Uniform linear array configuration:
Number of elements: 4
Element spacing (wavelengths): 0.5
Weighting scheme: exponential
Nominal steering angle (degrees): -45
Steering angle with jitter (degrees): -46.707
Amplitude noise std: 0.05
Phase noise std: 0.05

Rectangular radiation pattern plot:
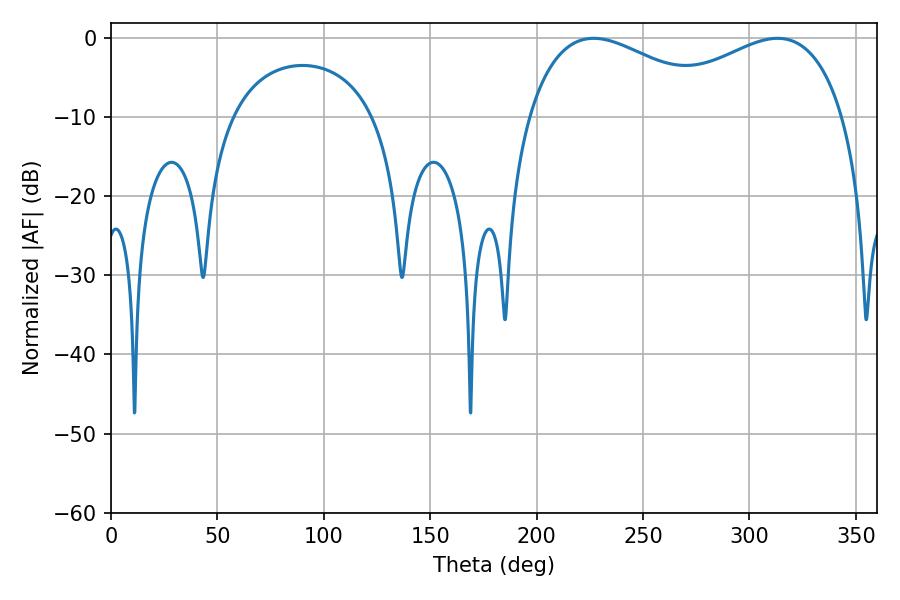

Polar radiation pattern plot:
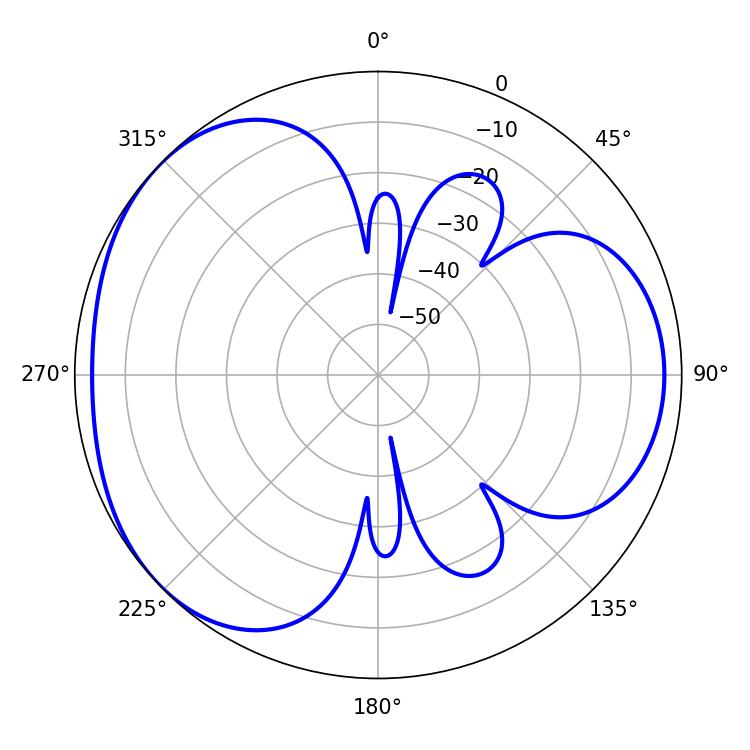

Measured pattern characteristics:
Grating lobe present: FALSE
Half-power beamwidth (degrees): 51.66
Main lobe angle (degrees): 226.8